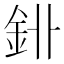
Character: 𨥑